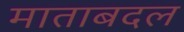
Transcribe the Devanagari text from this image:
माताबदल